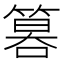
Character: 𥰻